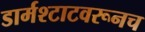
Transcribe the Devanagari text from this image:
डार्मश्टाटवरूनच